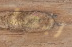
ربما